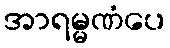
အာရမ္မဏံပေ